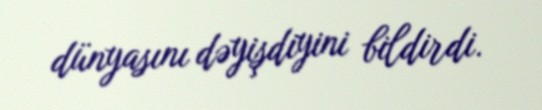
dünyasını dəyişdiyini bildirdi.